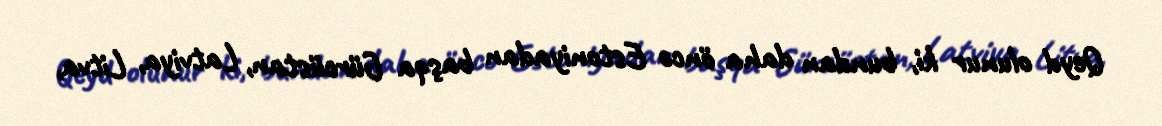
Qeyd olunur ki, bundan daha öncə Estoniyadan başqa Gürcüstan, Latviya, Litva,